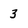
Character: 3